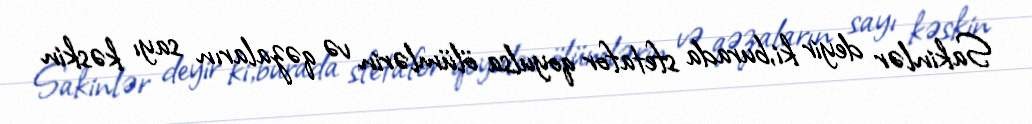
Sakinlər deyir ki,burada sfetafor qoyulsa ölümlərin və qəzaların sayı kəskin